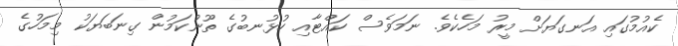
ކެއުމުގައި އަނގަޔަށް މީރު މަހެކެވެ. ނަމަވެސް ކައްޓާއި ހުޅުނބުގެ ތޫނުކަމުން ގިނަބަޔަކު މިމަހުގެ